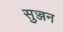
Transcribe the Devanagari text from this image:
सुज्जन